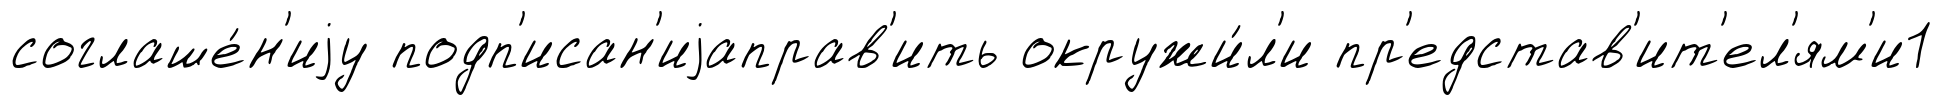
соглаше́н'иjу подп'исан'иjаправ'ить окружи́л'и пр'едстав'ит'ел'ям'и1